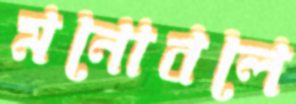
মনোবলে